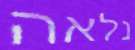
נלאה